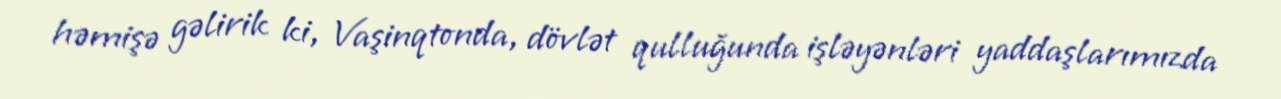
həmişə gəlirik ki, Vaşinqtonda, dövlət qulluğunda işləyənləri yaddaşlarımızda